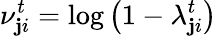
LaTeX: \nu_{\mathbf{j}i}^{t}=\log\left(1-\lambda_{\mathbf{j}i}^{t}\right)